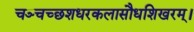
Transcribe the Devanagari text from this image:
चञ्चच्छशधरकलासौधशिखरम्।